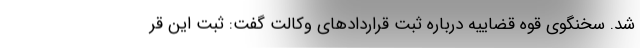
شد. سخنگوی قوه قضاییه درباره ثبت قراردادهای وکالت گفت: ثبت این قر